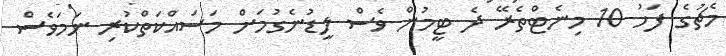
މެޗުގެ ފަހު 10 މިނެޓްތެރޭ ދެ ޓީމުން ވެސް ލީޑުނެގުމަށް މަސައްކަތްކުރި ނަމަވެސް